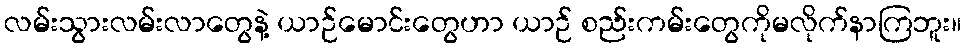
လမ်းသွားလမ်းလာတွေနဲ့ ယာဉ်မောင်းတွေဟာ ယာဉ် စည်းကမ်းတွေကိုမလိုက်နာကြဘူး။